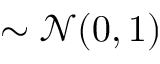
\sim \mathcal { N } ( 0 , 1 )